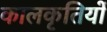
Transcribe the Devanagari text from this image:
कालकृतियों